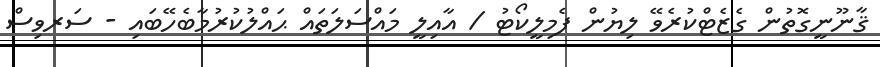
ޤާނޫނީގޮތުން ގެޒެޓްކުރެވޭ ލިޔުން ފެމިލީކޯޓު / އާއިލީ މައްސަލަތައް ޙައްލުކުރުމާބެހޭބައި - ސަރވިސް